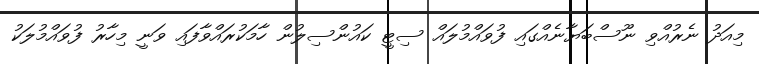
މިއަދު ނެރުއްވި ނޫސްބަޔާނެއްގައި ފުވައްމުލައް ސިޓީ ކައުންސިލުން ހާމަކުރައްވާފައި ވަނީ މިހާރު ފުވައްމުލަކު